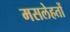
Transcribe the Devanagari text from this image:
मसलेहतों